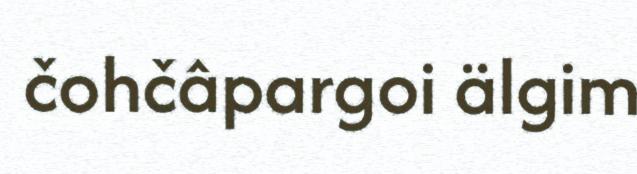
čohčâpargoi älgim